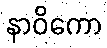
နာဝိကော